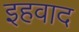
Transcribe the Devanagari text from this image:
इहवाद